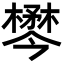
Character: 𣜓